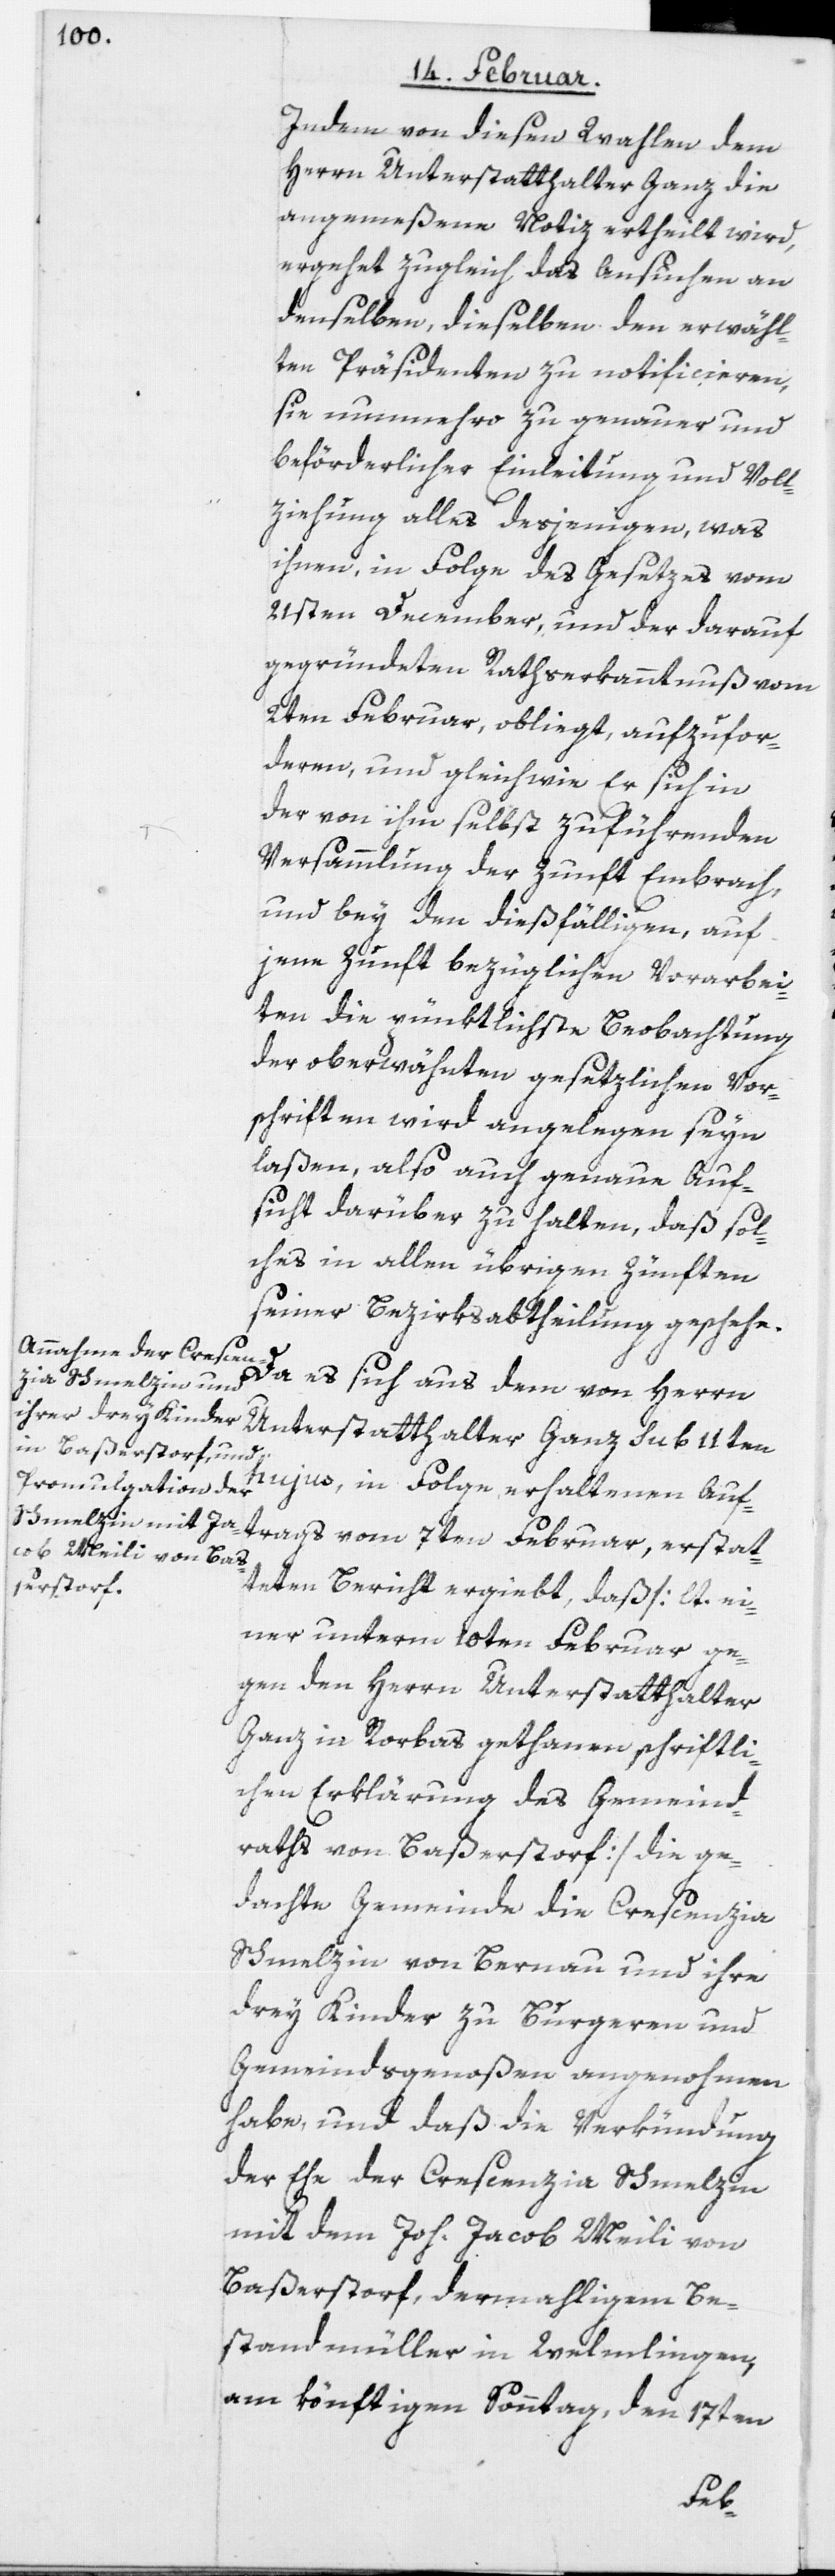
Indem von diesen Wahlen dem
Herrn Unterstatthalter Ganz die
angemeßene Notiz ertheilt wird,
ergehet zugleich das Ansuchen an
denselben, dieselben den erwähl¬
ten Präsidenten zu notificieren,
sie nunmehro zu genauer und
beförderlicher Einleitung und Voll¬
ziehung alles desjenigen, was
ihnen, in Folge des Gesetzes vom
21sten December, und der darauf
gegründeten Rathserkanntnuß vom
2ten Februar, obliegt, aufzufor¬
deren und gleich wie Er sich in
der von ihm selbst zu führenden
Versammlung der Zunft Embrach,
und bey den dießfälligen, auf
jene Zunft bezüglichen Vorarbei¬
ten die pünktlichste Beobachtung
der oberwähnten gesetzlichen Vor¬
schriften wird angelegen seyn
laßen, also auch genaue Auf¬
sicht darüber zu halten, daß sol¬
ches in allen übrigen Zünften
seiner Bezirksabtheilung geschehe.
Da es sich aus dem von Herrn
Unterstatthalter Ganz sub 11ten
hujus, in Folge erhaltenen Auf¬
trags vom 7ten Februar, erstat¬
teten Bericht ergiebt, daß [lt. ei¬
ner unterm 10ten Februar ge¬
gen den Herrn Unterstatthalter
Ganz in Rorbas gethanen schriftli¬
chen Erklärung des Gemeind¬
raths von Baßerstorf] die ge¬
dachte Gemeinde die Crescenzia
Schmelzin von Bernau und ihre
drey Kinder zu Burgeren und
Gemeindsgenoßen angenohmen
habe, und daß die Verkündung
der Ehe der Crescenzia Schmelzin
mit dem Joh: Jacob Meili von
Baßerstorf, dermahligem Be¬
standmüller in Welmlingen,
am könftigen Sonntag, den 17ten